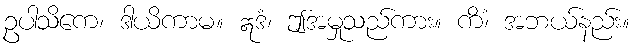
ဥပါသိကေ၊ ဒါယိကာမ။ ဣဒံ၊ ဤအမှုသည်ကား။ ကိံ၊ အဘယ်နည်း။